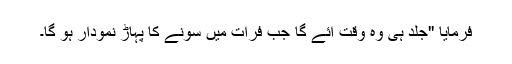
فرمایا ''جلد ہی وہ وقت آئے گا جب فرات میں سونے کا پہاڑ نمودار ہو گا۔